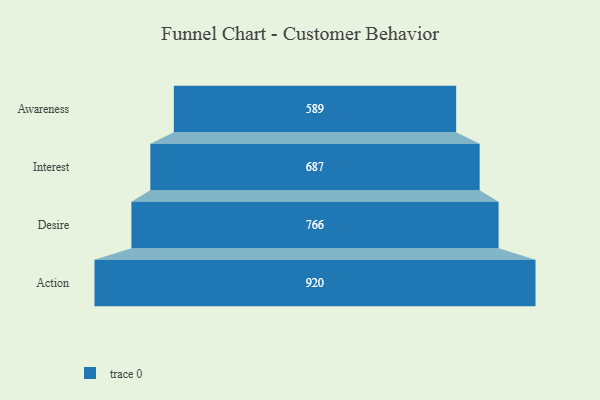
{"axis": {"x": "Stage", "y": "Value"}, "legend": [""], "data": [{"x": "Awareness", "y": 589.0, "type": ""}, {"x": "Interest", "y": 687.0, "type": ""}, {"x": "Desire", "y": 766.0, "type": ""}, {"x": "Action", "y": 920.0, "type": ""}]}